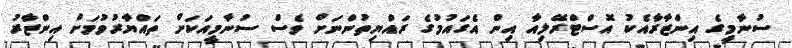
ސުނާމީގެ އިންޒާރާއެކު އޮސްޓްރޭލިއާ އިން އެގައުމުގެ ރައްޔިތުންނަށް ވެސް ސުނާމީއަކަށް ތައްޔާރުވުމަށް އިންޒާރު